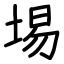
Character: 埸